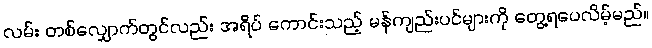
လမ်း တစ်လျှောက်တွင်လည်း အရိပ် ကောင်းသည့် မန်ကျည်းပင်များကို တွေ့ရပေလိမ့်မည်။